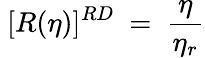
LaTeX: ~[R(\eta)]^{RD}~=~\frac{\eta}{\eta_{r}}